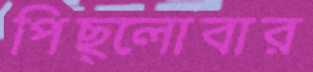
পিছ্‌লোবার